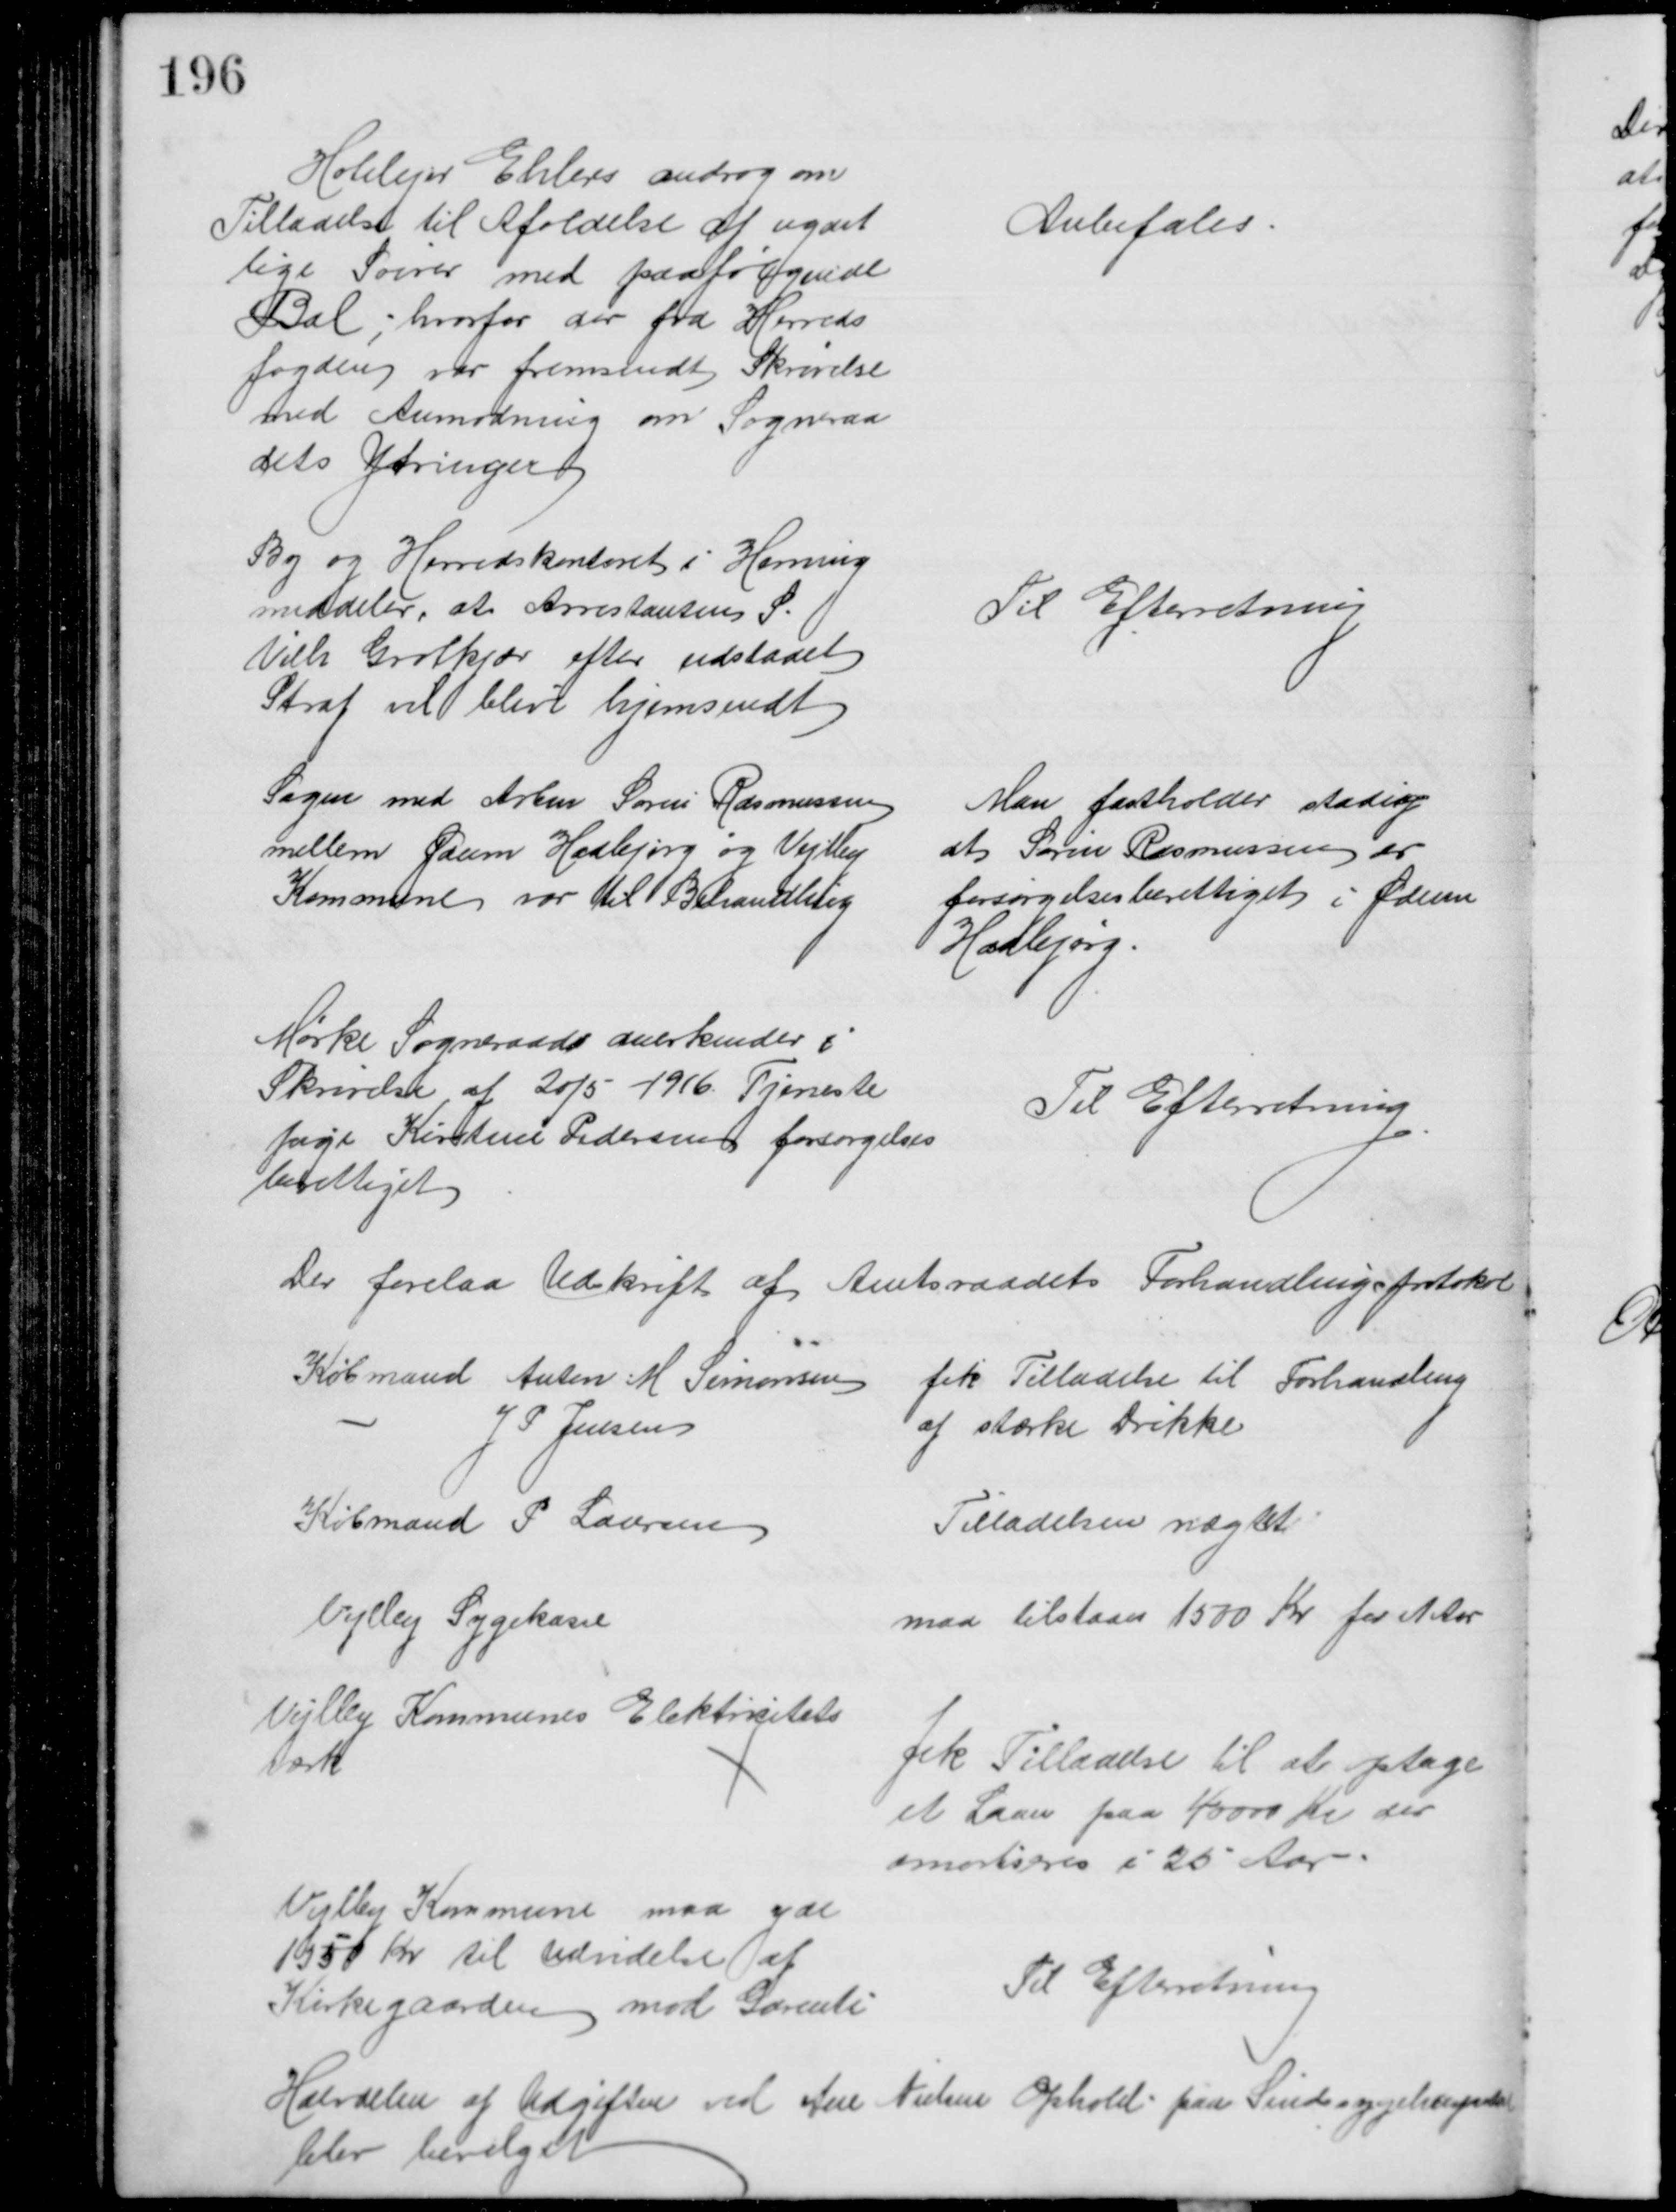
Transskription:
Holelejer Ehlers androg om
Tilladelse til Afoldelse af ugent
lige Soirer med paafølgende
Bal; hvorfor der fra Herreds
fogden var fremsendt Skrivelse
med Anmodning om Sogneraa
dets Ytringer
Anbefales
By og Herredskontoret i Herning
meddeler, at Arrestanten S.
Vilh Grotkjær efter udstaaet
Straf vil blive hjemsendt
Til Efterretning
Sagen med Arbm Søren Rasmussen
mellem Ødum Hadbjerg og Vejlby
Kommune var til Behandling
Man fastholder stadig
at Søren Rasmussen er
forsørgelsesberettiget i Ødum
Hadbjerg.
Mørke Sogneraads anerkender i
Skrivelse af 20/5 1916. Tjeneste
pige Kirstine Pedersen forsørgelses
berettiget
Til Efterretning
Der forelaa Udskrift af Amtsraadets Forhandlingsprotokol
Købmand Anton M. Simonsen
J P Jensen
fik Tilladelse til Forhandling
af stærke Drikke
Købmand P Laursen
Tilladelsen nægtet
Vejlby Sygekasse
maa tilstaaes 1500 Kr for et Aar
Vejlby Kommunes Elektricitets
værk
fik Tilladelse til at optage
et Laan paa 40000 Kr der
amortiseres i 25 Aar
Vejlby Kommune maa yde
1550 Kr til Udvidelse af
Kirkegaarden mod Garenti
Til Efterretning
Halvdelen af Udgiften ved Ane Nielsen Ophold paa Sindsygehospitalet
blev bevilget